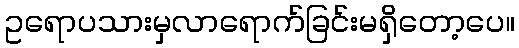
ဥရောပသားမှလာရောက်ခြင်းမရှိတော့ပေ။